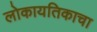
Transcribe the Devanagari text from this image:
लोकायतिकाचा